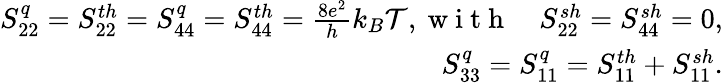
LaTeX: \begin{array}{r}{S_{22}^{q}={S_{22}^{th}}=S_{44}^{q}={S_{44}^{th}}=\frac{8e^{2}}{h}k_{B}\mathcal{T},\mathrm{~w~i~t~h~}\quad S_{22}^{sh}=S_{44}^{sh}=0,}\\ {S_{33}^{q}=S_{11}^{q}=S_{11}^{th}+{S_{11}^{sh}}.}\end{array}